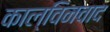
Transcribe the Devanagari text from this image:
काल्विनवाद